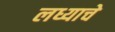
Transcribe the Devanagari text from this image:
लध्याचे